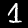
Digit: 1